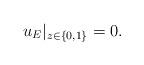
LaTeX: \begin{align*} u_E|_{ z \in \{ 0,1 \} } = 0.\end{align*}